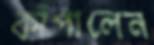
কাঁপালেন